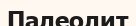
Палеолит